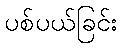
ပစ်ပယ်ခြင်း